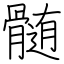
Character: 髄